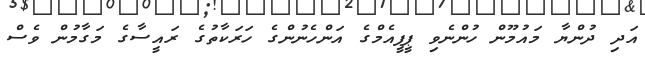
އަދި ދުންޔާ މައުމޫން ހުންނެވި ޕީޕީއެމްގެ އަންހެނުންގެ ހަރަކާތުގެ ރައީސާގެ މަގާމުން ވެސް